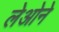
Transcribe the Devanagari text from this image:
लेओने